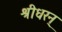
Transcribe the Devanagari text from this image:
श्रीधरन्